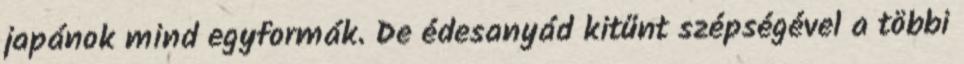
japánok mind egyformák. De édesanyád kitűnt szépségével a többi